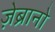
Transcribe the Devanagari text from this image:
ज़ेब्रानो